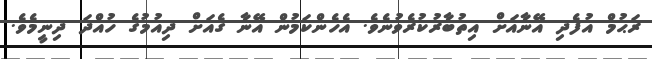
ރަޙުމް އުފެދި އޭނާއަށް އިތުބާރުކުރެވުނެވެ. އެހެންކަމުން އޭނާ ގެއަށް ދިއުމުގެ ހުއްދަ ދިނީމެވެ.